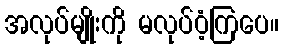
အလုပ်မျိုးကို မလုပ်ဝံ့ကြပေ။